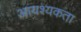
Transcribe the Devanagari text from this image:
आयश्यकता